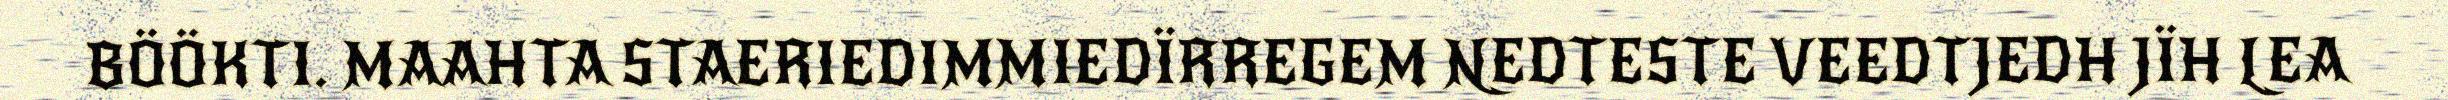
BÖÖKTI. MAAHTA STAERIEDIMMIEDÏRREGEM NEDTESTE VEEDTJEDH JÏH LEA